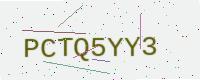
Text: PCTQ5YY3